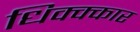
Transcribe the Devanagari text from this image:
धिक्क्कार